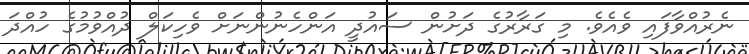
ނެރުއްވާފައި ވެއެވެ. މި ގަރާރުގެ ދަށުން ސައުދީ އަންހެނުންނަށް ވެހިކަލް ދުއްވުމުގެ ހުއްދަ